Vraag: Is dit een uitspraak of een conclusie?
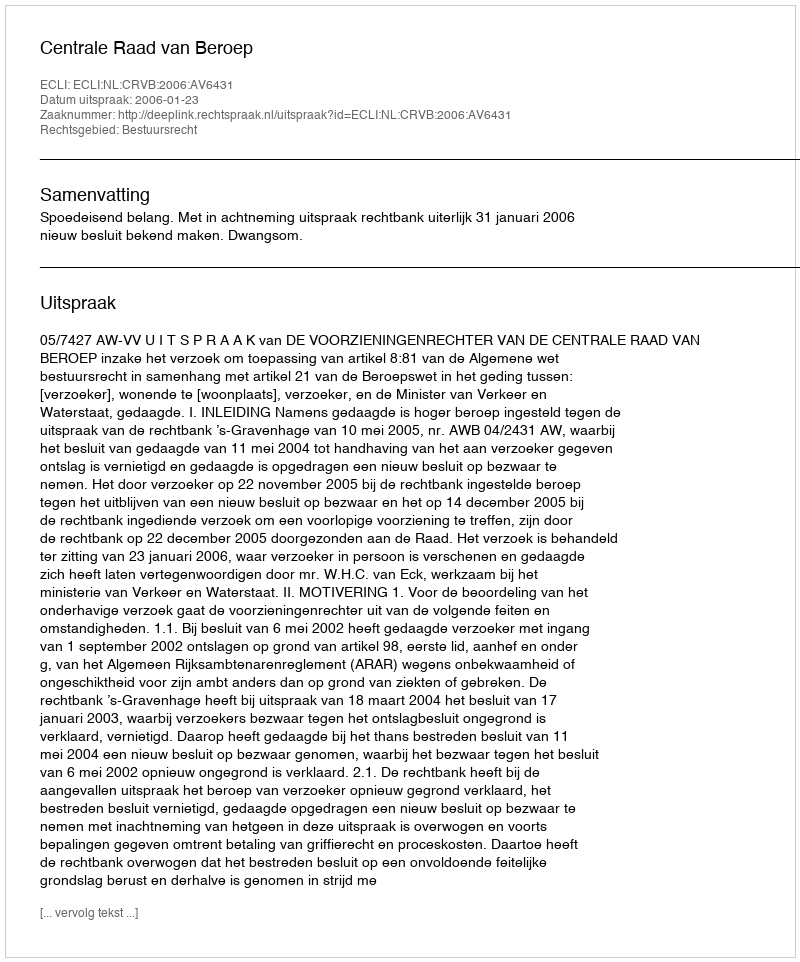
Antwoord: Uitspraak